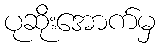
ပုဆိုးအောက်မှ